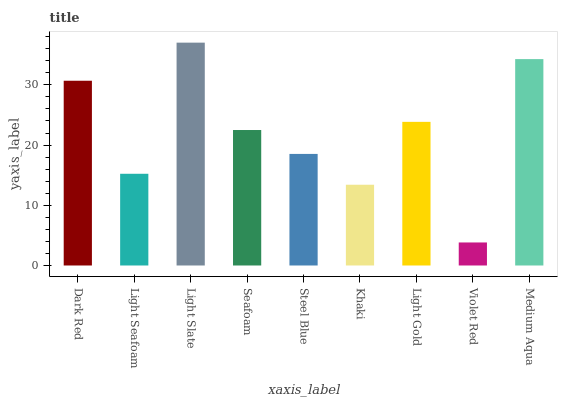
| xaxis_label | bars |
 | --- | --- |
 | Dark Red | 30.7 |
 | Light Seafoam | 15.2 |
 | Light Slate | 37 |
 | Seafoam | 22.5 |
 | Steel Blue | 18.5 |
 | Khaki | 13.4 |
 | Light Gold | 23.9 |
 | Violet Red | 3.82 |
 | Medium Aqua | 34.3 |